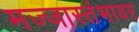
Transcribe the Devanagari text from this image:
मज्जास्तंभावर